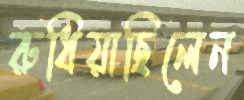
রুধিয়াছিলেন